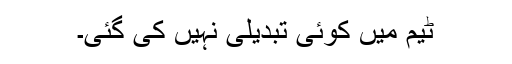
ٹیم میں کوئی تبدیلی نہیں کی گئی۔